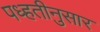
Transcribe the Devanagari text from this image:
पध्हतीनुसार